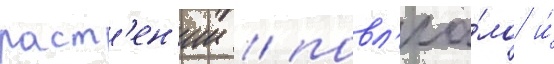
раст'ен'ии / повл'иа́ло и́